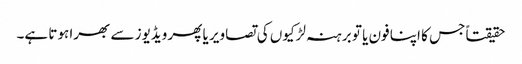
حقیقتاً جس کا اپنا فون یا تو برہنہ لڑکیوں کی تصاویر یا پھر ویڈیوز سے بھرا ہوتا ہے۔